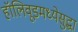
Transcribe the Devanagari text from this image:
हॉलिवूडमध्येसुद्धा